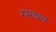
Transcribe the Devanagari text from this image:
रामाश्रय